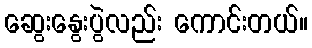
ဆွေးနွေးပွဲလည်း ကောင်းတယ်။